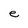
Character: e